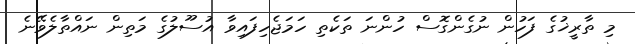
މި ތާރީޚުގެ ފަހުން ނުގެންގޮސް ހުންނަ ތަކެތި ހަމަޖެހިފައިވާ އުސޫލުގެ މަތިން ނައްތާލެވޭނެ